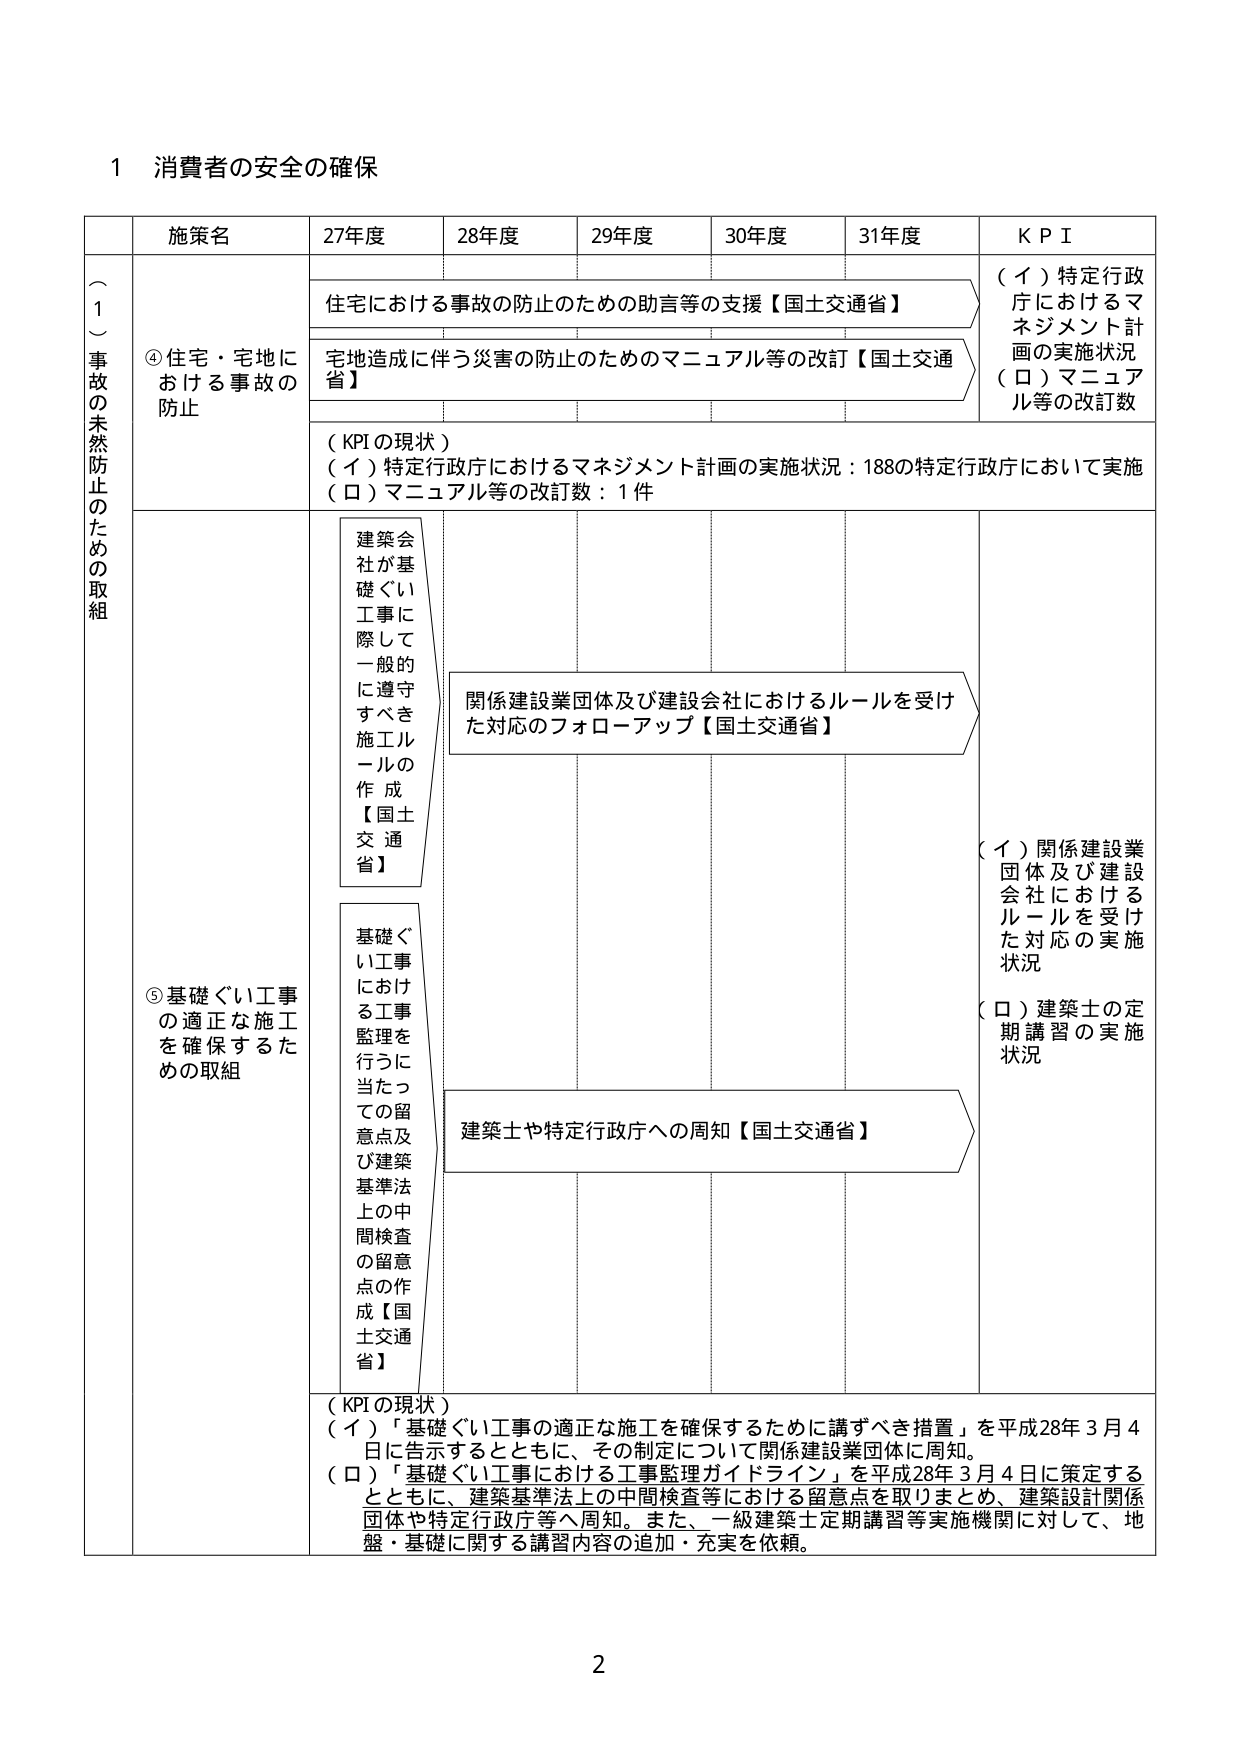
1 消費者の安全の確保

（１）事故の未然防止のための取組

施策名 27年度 28年度 29年度 30年度 31年度 KPI

④住宅・宅地における事故の防止

住宅における事故の防止のための助言等の支援【国土交通省】

宅地造成に伴う災害の防止のためのマニュアル等の改訂【国土交通省】

（KPIの現状）
（イ）特定行政庁におけるマネジメント計画の実施状況：188の特定行政庁において実施
（ロ）マニュアル等の改訂数：1件

（イ）特定行政庁におけるマネジメント計画の実施状況
（ロ）マニュアル等の改訂数

⑤基礎ぐい工事の適正な施工を確保するための取組

建築会社が基礎ぐい工事に際して一般的に遵守すべき施工ルールの作成【国土交通省】

関係建設業団体及び建設会社におけるルールを受けた対応のフォローアップ【国土交通省】

基礎ぐい工事における工事監理を行うに当たっての留意点及び建築基準法上の中間検査の留意点の作成【国土交通省】

建築士や特定行政庁への周知【国土交通省】

（KPIの現状）
（イ）「基礎ぐい工事の適正な施工を確保するために講ずべき措置」を平成28年3月4日に告示するとともに、その制定について関係建設業団体に周知。
（ロ）「基礎ぐい工事における工事監理ガイドライン」を平成28年3月4日に策定するとともに、建築基準法上の中間検査等における留意点を取りまとめ、建築設計関係団体や特定行政庁等へ周知。また、一級建築士定期講習等実施機関に対して、地盤・基礎に関する講習内容の追加・充実を依頼。

（イ）関係建設業団体及び建設会社におけるルールを受けた対応の実施状況
（ロ）建築士の定期講習の実施状況

2